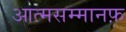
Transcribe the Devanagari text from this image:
आत्मसम्मानफ़